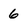
Character: 6